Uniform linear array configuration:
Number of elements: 4
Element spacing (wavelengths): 0.5
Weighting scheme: hamming
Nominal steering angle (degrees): -30
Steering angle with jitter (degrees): -30.791
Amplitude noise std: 0.05
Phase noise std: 0.05

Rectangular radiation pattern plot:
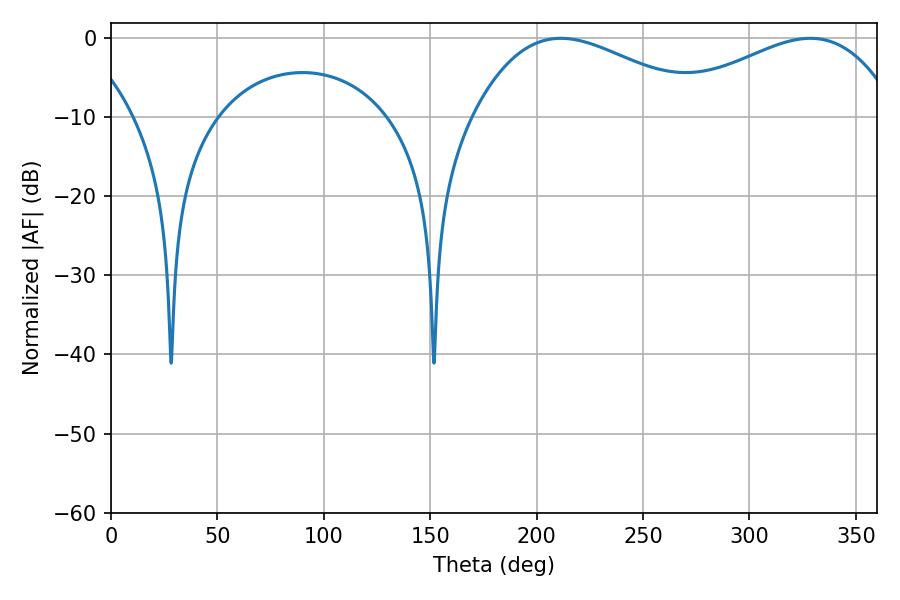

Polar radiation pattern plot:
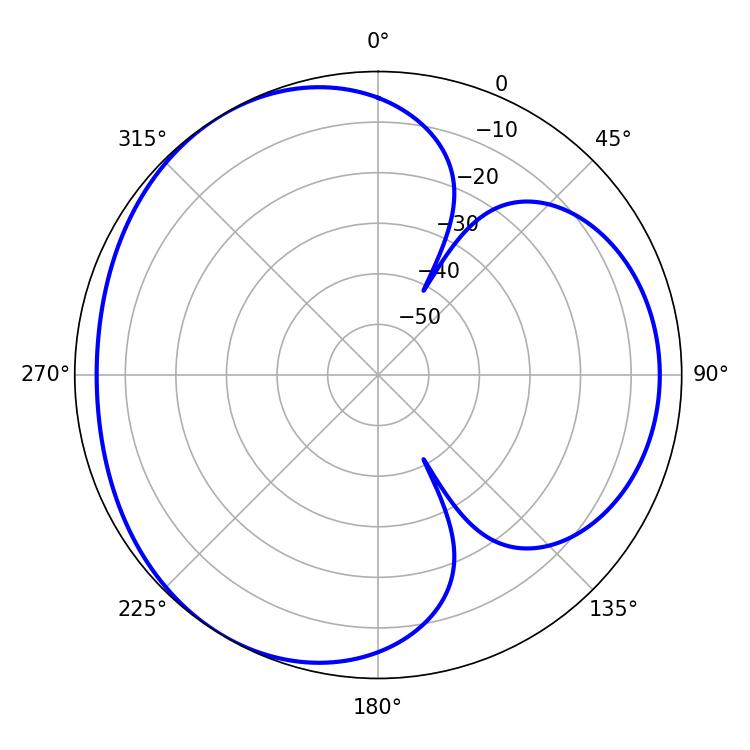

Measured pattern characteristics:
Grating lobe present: FALSE
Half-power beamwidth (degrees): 60.12
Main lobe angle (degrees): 211.32